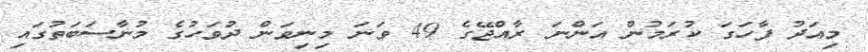
މިއަދު ފާހަގަ ކުރަމުން އަންނަ ރާއްޖޭގެ 49 ވަނަ މިނިވަން ދުވަހުގެ މުނާސަބަތުގައި